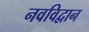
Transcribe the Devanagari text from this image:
नवविद्वान